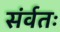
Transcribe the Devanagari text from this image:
संर्वतः